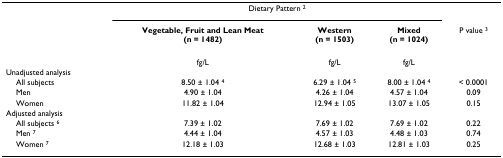
|  | <COLSPAN=3> Dietary Pattern 2 |  |
 |  | Vegetable, Fruit and Lean Meat(n = 1482) | Western(n = 1503) | Mixed(n = 1024) | P value 3 |
 | --- | --- | --- | --- | --- |
 |  | fg/L | fg/L | fg/L |  |
 | Unadjusted analysis |  |  |  |  |
 | All subjects | 8.50 ± 1.04 4 | 6.29 ± 1.04 5 | 8.00 ± 1.04 4 | < 0.0001 |
 | Men | 4.90 ± 1.04 | 4.26 ± 1.04 | 4.57 ± 1.04 | 0.09 |
 | Women | 11.82 ± 1.04 | 12.94 ± 1.05 | 13.07 ± 1.05 | 0.15 |
 | Adjusted analysis |  |  |  |  |
 | All subjects 6 | 7.39 ± 1.02 | 7.69 ± 1.02 | 7.69 ± 1.02 | 0.22 |
 | Men 7 | 4.44 ± 1.04 | 4.57 ± 1.03 | 4.48 ± 1.03 | 0.74 |
 | Women 7 | 12.18 ± 1.03 | 12.68 ± 1.03 | 12.81 ± 1.03 | 0.25 |